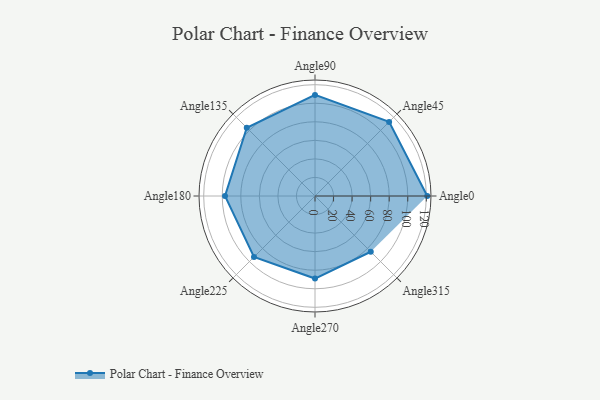
{"axis": {"x": "Angle", "y": "Radius"}, "legend": [""], "data": [{"x": "Angle0", "y": 121.0, "type": ""}, {"x": "Angle45", "y": 113.0, "type": ""}, {"x": "Angle90", "y": 109.0, "type": ""}, {"x": "Angle135", "y": 104.0, "type": ""}, {"x": "Angle180", "y": 97.0, "type": ""}, {"x": "Angle225", "y": 93.0, "type": ""}, {"x": "Angle270", "y": 89.0, "type": ""}, {"x": "Angle315", "y": 85.0, "type": ""}]}